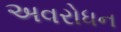
અવરોધન